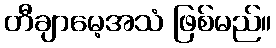
တီချာမေ့အသံ ဖြစ်မည်။